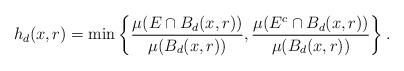
LaTeX: \begin{align*} h_d(x,r) = \min\left\{\frac{\mu(E\cap B_d(x,r))}{\mu(B_d(x,r))}, \frac{\mu(E^c \cap B_d(x,r))}{\mu(B_d(x,r))}\right\}.\end{align*}